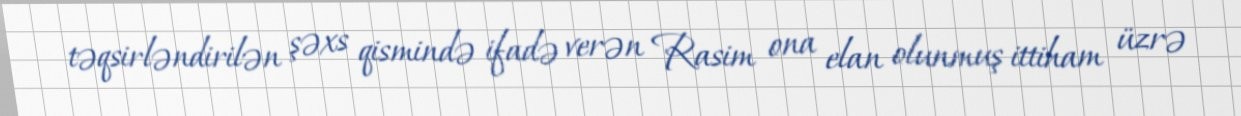
təqsirləndirilən şəxs qismində ifadə verən Rasim ona elan olunmuş ittiham üzrə